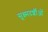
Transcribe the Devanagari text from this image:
सूक्ष्मदर्शीओं